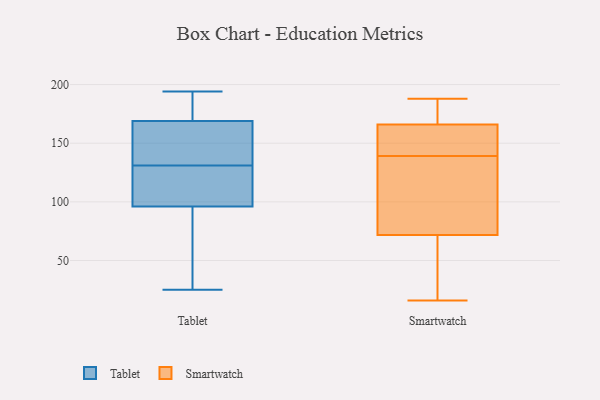
{"axis": {"x": "Temperature (°C)", "y": "Value"}, "legend": ["Smartwatch", "Tablet"], "data": [{"x": "", "y": 39, "type": "Tablet"}, {"x": "", "y": 185, "type": "Tablet"}, {"x": "", "y": 190, "type": "Tablet"}, {"x": "", "y": 167, "type": "Tablet"}, {"x": "", "y": 124, "type": "Tablet"}, {"x": "", "y": 65, "type": "Tablet"}, {"x": "", "y": 194, "type": "Tablet"}, {"x": "", "y": 152, "type": "Tablet"}, {"x": "", "y": 110, "type": "Tablet"}, {"x": "", "y": 184, "type": "Tablet"}, {"x": "", "y": 126, "type": "Tablet"}, {"x": "", "y": 136, "type": "Tablet"}, {"x": "", "y": 103, "type": "Tablet"}, {"x": "", "y": 124, "type": "Tablet"}, {"x": "", "y": 89, "type": "Tablet"}, {"x": "", "y": 161, "type": "Tablet"}, {"x": "", "y": 82, "type": "Tablet"}, {"x": "", "y": 25, "type": "Tablet"}, {"x": "", "y": 171, "type": "Tablet"}, {"x": "", "y": 147, "type": "Tablet"}, {"x": "", "y": 48, "type": "Smartwatch"}, {"x": "", "y": 188, "type": "Smartwatch"}, {"x": "", "y": 68, "type": "Smartwatch"}, {"x": "", "y": 97, "type": "Smartwatch"}, {"x": "", "y": 83, "type": "Smartwatch"}, {"x": "", "y": 139, "type": "Smartwatch"}, {"x": "", "y": 27, "type": "Smartwatch"}, {"x": "", "y": 187, "type": "Smartwatch"}, {"x": "", "y": 104, "type": "Smartwatch"}, {"x": "", "y": 147, "type": "Smartwatch"}, {"x": "", "y": 124, "type": "Smartwatch"}, {"x": "", "y": 169, "type": "Smartwatch"}, {"x": "", "y": 181, "type": "Smartwatch"}, {"x": "", "y": 63, "type": "Smartwatch"}, {"x": "", "y": 16, "type": "Smartwatch"}, {"x": "", "y": 157, "type": "Smartwatch"}, {"x": "", "y": 187, "type": "Smartwatch"}, {"x": "", "y": 141, "type": "Smartwatch"}, {"x": "", "y": 151, "type": "Smartwatch"}]}